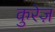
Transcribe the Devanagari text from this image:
कुरेज़